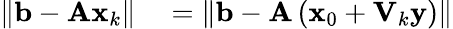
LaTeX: \begin{array}{rl}{\| \mathbf{b}-\mathbf{Ax}_{k}\| }&{{}=\| \mathbf{b}-\mathbf{A}\left(\mathbf{x}_{0}+\mathbf{V}_{k}\mathbf{y}\right)\| }\end{array}